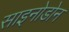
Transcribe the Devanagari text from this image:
साइनोडोन